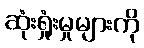
ဆုံးရှုံးမှုများကို